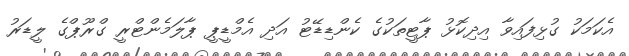
އެކަމަކު ގުޅިފައިވާ އިދިކޮޅު ޕާޓީތަކުގެ ކެންޑިޑޭޓު އަދި އެމްޑީޕީ ޕާލަމެންޓްރީ ގްރޫޕްގެ ލީޑަރު